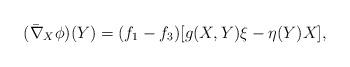
LaTeX: \begin{align*}(\bar{\nabla}_X\phi)(Y) = (f_1-f_3)[g(X,Y)\xi - \eta(Y)X],\end{align*}